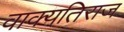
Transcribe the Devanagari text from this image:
वाक्यतिराज